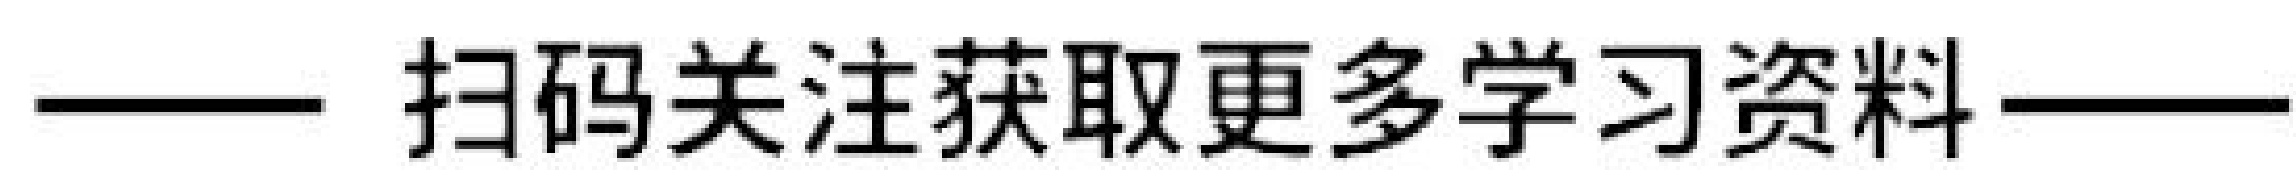
—— 扫码关注获取更多学习资料——